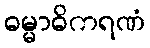
ဓမ္မာဓိကရဏံ